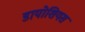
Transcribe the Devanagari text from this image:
डायोशियस